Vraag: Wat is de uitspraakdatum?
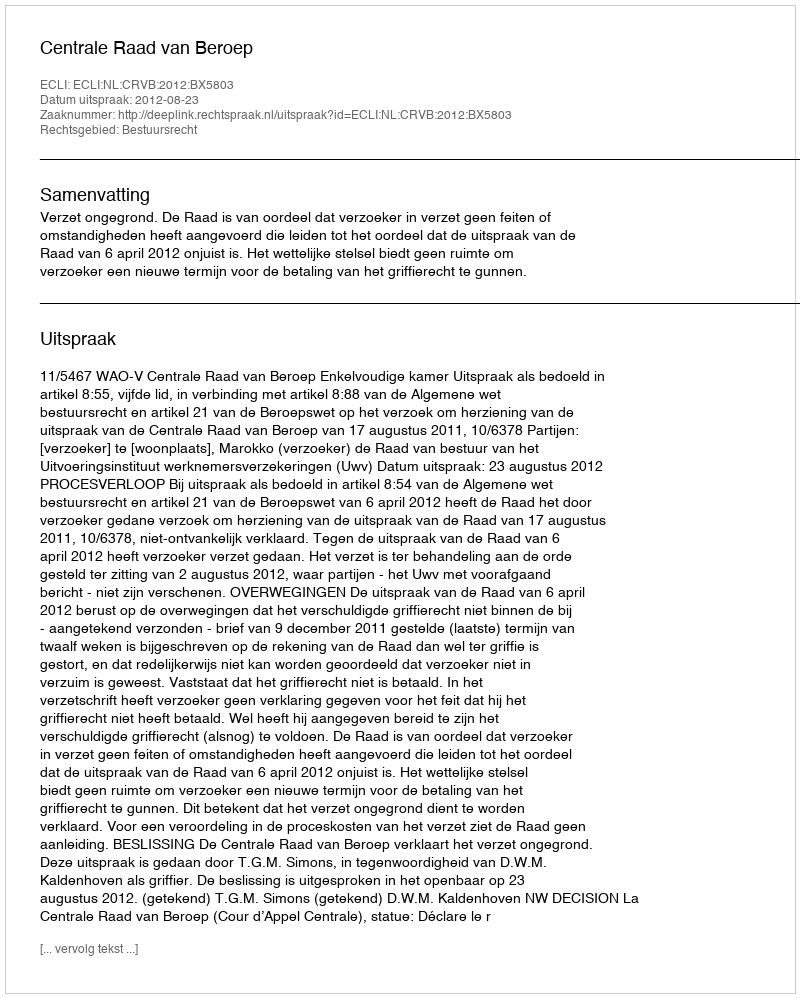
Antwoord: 2012-08-23